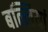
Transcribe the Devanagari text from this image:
बल्लियां